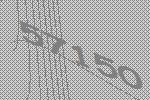
57150